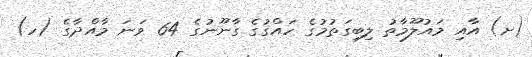
(ށ) އާއި މައުލޫމާތު ލިބިގަތުމުގެ ހައްގުގެ ގާނޫނުގެ 64 ވަނަ މާއްދާގެ (ހ)